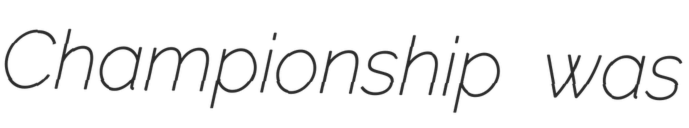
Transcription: Championship was